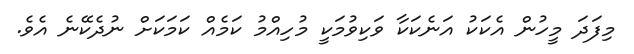
މިފަދަ މީހުން އެކަކު އަނެކަކާ ވަކިވުމަކީ މުހިއްމު ކަމެއް ކަމަކަށް ނުދެކޭނެ އެވެ.